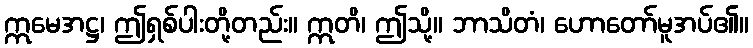
ဣမေအဋ္ဌ၊ ဤရှစ်ပါးတို့တည်း။ ဣတိ၊ ဤသို့။ ဘာသိတံ၊ ဟောတော်မူအပ်၏။